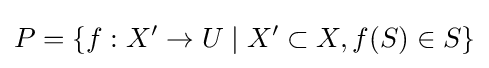
P=\{f:X'\to U\mid X'\subset X,f(S)\in S\}